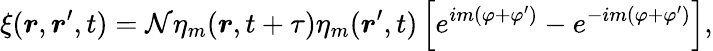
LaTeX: \xi(\boldsymbol{r},\boldsymbol{r}^{\prime},t)=\mathcal{N}\eta_{m}(\boldsymbol{r},t+\tau)\eta_{m}(\boldsymbol{r}^{\prime},t)\left[e^{im(\varphi+\varphi^{\prime})}-e^{-im(\varphi+\varphi^{\prime})}\right],